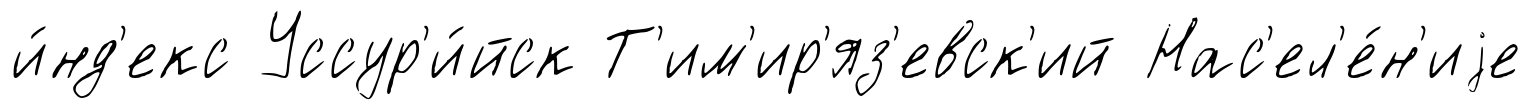
и́нд'екс Уссур'и́йск Т'им'ир'яз'евск'ий Нас'ел'е́н'иjе